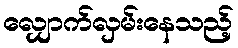
လျှောက်လှမ်းနေသည့်